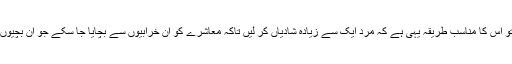
یعنی کبھی بھی سٹیٹ میں ایسے حالات پیدا ہو جائیں تو اس کا مناسب طریقہ یہی ہے کہ مرد ایک سے زیادہ شادیاں کر لیں تاکہ معاشرے کو ان خرابیوں سے بچایا جا سکے جو ان بچیوں کو بلا سرپرست چھوڑنے سے نمودار ہو سکتی ہیں ۔